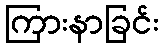
ကြားနာခြင်း